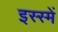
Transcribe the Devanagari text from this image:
इस्स्में